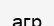
агр